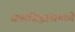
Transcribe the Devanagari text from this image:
जालसिद्धांतामध्ये